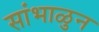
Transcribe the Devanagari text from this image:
सांभाळुन